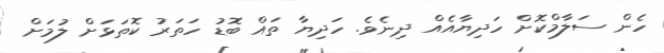
ހެން ސަލާމްކޮށް ހަދިޔާއެއް ދިނެވެ. ހަދިޔާ ތައް ބޮޑު ހަތަރު ކޮތަޅަށް ލުމަށް